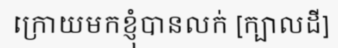
ក្រោយមកខ្ញុំបានលក់ [ក្បាលដី]